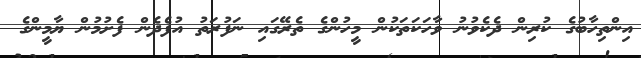
އިންތިހާބުގެ ކުރިން ދެކެވުނު ވާހަކަތަކުން މީހުންގެ ތެރޭގައި ނަފުރަތު އުފެދެން ފެށުމުން ޔާމީންގެ